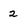
Character: 2